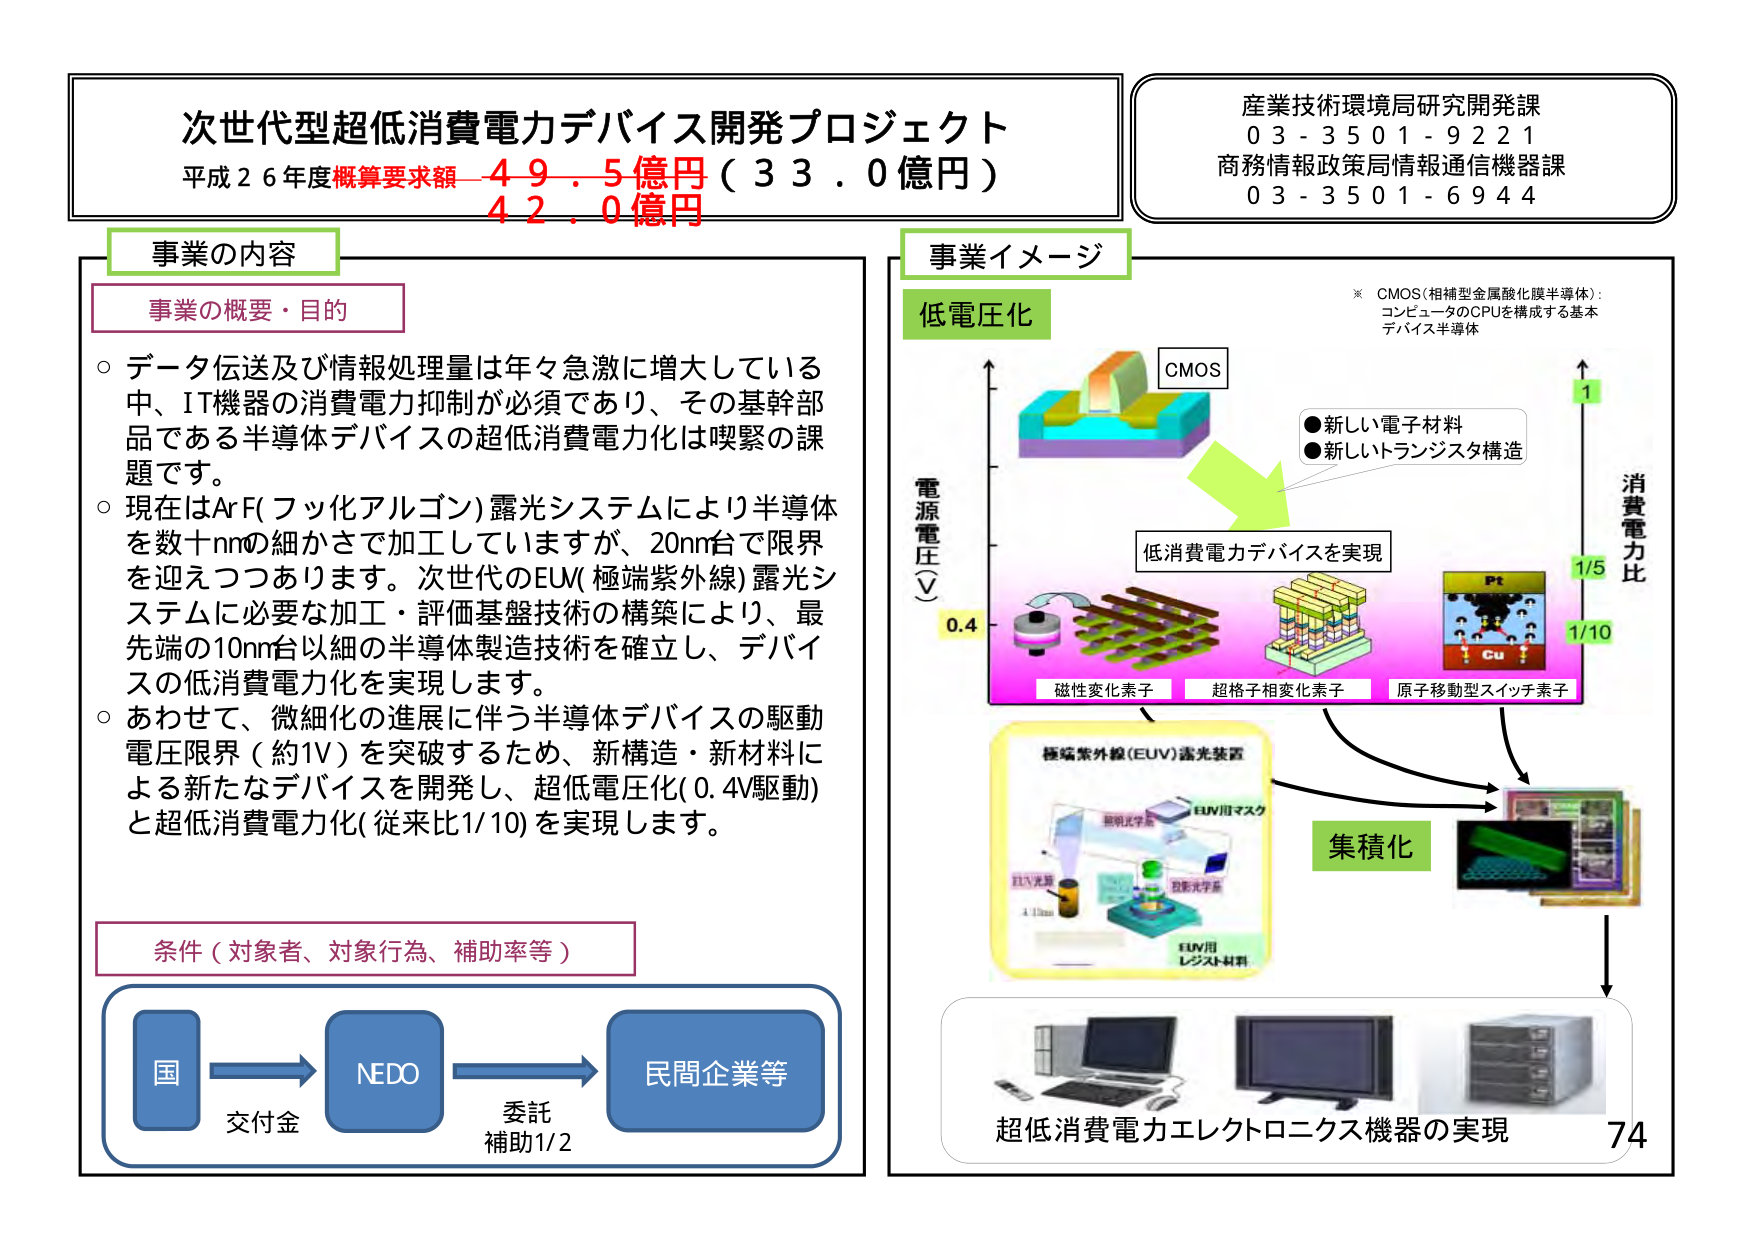
次世代型超低消費電力デバイス開発プロジェクト
平成２６年度概算要求額 ４９．５億円（３３．０億円）
４２．０億円

産業技術環境局研究開発課
０３－３５０１－９２２１
商務情報政策局情報通信機器課
０３－３５０１－６９４４

事業の内容

事業の概要・目的
○ データ伝送及び情報処理量は年々急激に増大している中、IT機器の消費電力抑制が必須であり、その基幹部品である半導体デバイスの超低消費電力化は喫緊の課題です。
○ 現在はArF（フッ化アルゴン）露光システムにより半導体を数十nmの細かさで加工していますが、20nm台で限界を迎えつつあります。次世代のEUV（極端紫外線）露光システムに必要な加工・評価基盤技術の構築により、最先端の10nm台以細の半導体製造技術を確立し、デバイスの低消費電力化を実現します。
○ あわせて、微細化の進展に伴う半導体デバイスの駆動電圧限界（約1V）を突破するため、新構造・新材料による新たなデバイスを開発し、超低電圧化（0.4V駆動）と超低消費電力化（従来比1/10）を実現します。

条件（対象者、対象行為、補助率等）
国 → NEDO → 民間企業等
交付金 委託 補助1/2

事業イメージ

低電圧化
※ CMOS（相補型金属酸化膜半導体）：コンピュータのCPUを構成する基本デバイス半導体
CMOS
●新しい電子材料
●新しいトランジスタ構造
低消費電力デバイスを実現
電源電圧（V）
0.4
磁性変化素子
超格子相変化素子
原子移動型スイッチ素子
Pt
Cu
消費電力比
1
1/5
1/10

極端紫外線（EUV）露光装置
EUV用マスク
EUV光源
EUV用レジスト材料

集積化

超低消費電力エレクトロニクス機器の実現
74